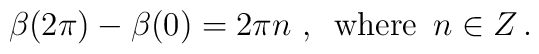
\beta (2\pi )-\beta (0)=2\pi n\, \, ,\, \, \, \mbox {where}\, \, \, n\in Z\, .